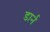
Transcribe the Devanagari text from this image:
डार्न